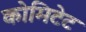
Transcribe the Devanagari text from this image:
कोमिटेट